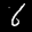
Label: 6